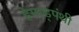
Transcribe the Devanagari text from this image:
हेमाड्पंथी